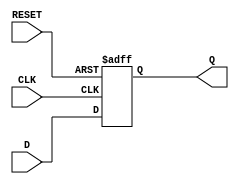
module Rester_DataPath_RISC_V  (
    CLK,RESET,D,Q
);

input  CLK,RESET;

input      [31:0] D;
output reg [31:0] Q;

always @(posedge CLK or posedge RESET) 
begin
    if (RESET)    
    Q <= 32'b0;
    else
    Q <= D;    
end
    
endmodule